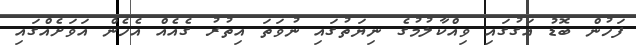
ފަހުން ބޮޑު އަގުގައި ވިއްކާލުމުގެ ނިޔަތުގައި ނުވަތަ އިތުރު ގެއެއް އެހެން އަވަށެއްގައި